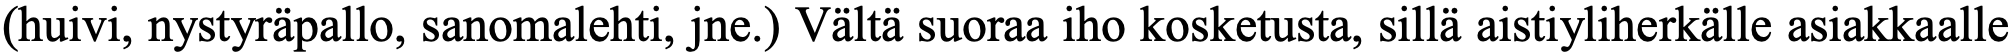
(huivi, nystyräpallo, sanomalehti, jne.) Vältä suoraa iho kosketusta, sillä aistiyliherkälle asiakkaalle